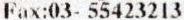
FAX:03- 55423213